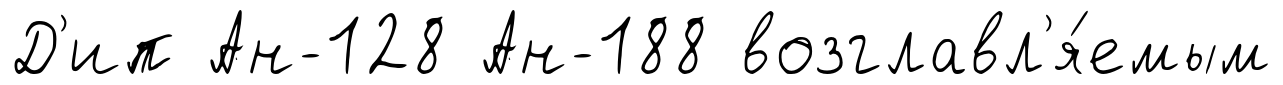
Д'ип Ан-128 Ан-188 возглавл'я́емым